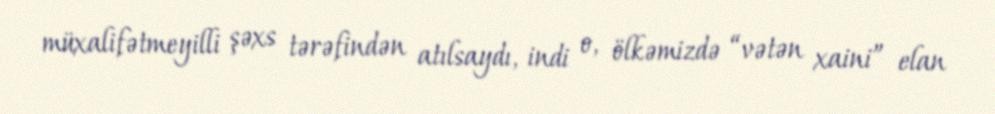
müxalifətmeyilli şəxs tərəfindən atılsaydı, indi o, ölkəmizdə “vətən xaini” elan